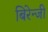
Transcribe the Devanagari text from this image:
बिरेन्जी